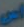
اس